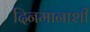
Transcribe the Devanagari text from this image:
दिनमानाशी